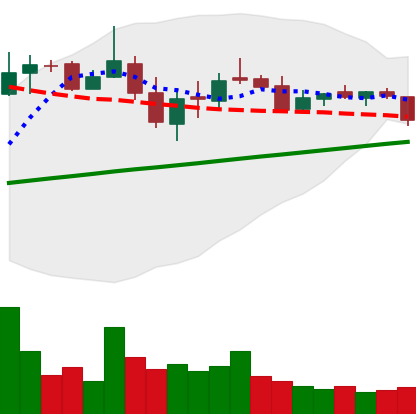
Ticker: LTC-USD
Chart end date: 2018-03-06
Forward return: -3.894%
Label: down_3_5